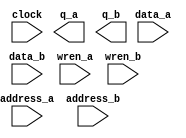
// megafunction wizard: %RAM: 2-PORT%VBB%
// GENERATION: STANDARD
// VERSION: WM1.0
// MODULE: altsyncram 

// ============================================================
// Megafunction Name(s):
// 			altsyncram
//
// Simulation Library Files(s):
// 			altera_mf
// ============================================================
// ************************************************************
// THIS IS A WIZARD-GENERATED FILE. DO NOT EDIT THIS FILE!
//
// 22.1std.2 Build 922 07/20/2023 SC Lite Edition
// ************************************************************

//Copyright (C) 2023  Intel Corporation. All rights reserved.
//Your use of Intel Corporation's design tools, logic functions 
//and other software and tools, and any partner logic 
//functions, and any output files from any of the foregoing 
//(including device programming or simulation files), and any 
//associated documentation or information are expressly subject 
//to the terms and conditions of the Intel Program License 
//Subscription Agreement, the Intel Quartus Prime License Agreement,
//the Intel FPGA IP License Agreement, or other applicable license
//agreement, including, without limitation, that your use is for
//the sole purpose of programming logic devices manufactured by
//Intel and sold by Intel or its authorized distributors.  Please
//refer to the applicable agreement for further details, at
//https://fpgasoftware.intel.com/eula.

module dram (
	address_a,
	address_b,
	clock,
	data_a,
	data_b,
	wren_a,
	wren_b,
	q_a,
	q_b);

	input	[9:0]  address_a;
	input	[9:0]  address_b;
	input	  clock;
	input	[7:0]  data_a;
	input	[7:0]  data_b;
	input	  wren_a;
	input	  wren_b;
	output	[7:0]  q_a;
	output	[7:0]  q_b;
`ifndef ALTERA_RESERVED_QIS
// synopsys translate_off
`endif
	tri1	  clock;
	tri0	  wren_a;
	tri0	  wren_b;
`ifndef ALTERA_RESERVED_QIS
// synopsys translate_on
`endif

endmodule

// ============================================================
// CNX file retrieval info
// ============================================================
// Retrieval info: PRIVATE: ADDRESSSTALL_A NUMERIC "0"
// Retrieval info: PRIVATE: ADDRESSSTALL_B NUMERIC "0"
// Retrieval info: PRIVATE: BYTEENA_ACLR_A NUMERIC "0"
// Retrieval info: PRIVATE: BYTEENA_ACLR_B NUMERIC "0"
// Retrieval info: PRIVATE: BYTE_ENABLE_A NUMERIC "0"
// Retrieval info: PRIVATE: BYTE_ENABLE_B NUMERIC "0"
// Retrieval info: PRIVATE: BYTE_SIZE NUMERIC "8"
// Retrieval info: PRIVATE: BlankMemory NUMERIC "0"
// Retrieval info: PRIVATE: CLOCK_ENABLE_INPUT_A NUMERIC "0"
// Retrieval info: PRIVATE: CLOCK_ENABLE_INPUT_B NUMERIC "0"
// Retrieval info: PRIVATE: CLOCK_ENABLE_OUTPUT_A NUMERIC "0"
// Retrieval info: PRIVATE: CLOCK_ENABLE_OUTPUT_B NUMERIC "0"
// Retrieval info: PRIVATE: CLRdata NUMERIC "0"
// Retrieval info: PRIVATE: CLRq NUMERIC "0"
// Retrieval info: PRIVATE: CLRrdaddress NUMERIC "0"
// Retrieval info: PRIVATE: CLRrren NUMERIC "0"
// Retrieval info: PRIVATE: CLRwraddress NUMERIC "0"
// Retrieval info: PRIVATE: CLRwren NUMERIC "0"
// Retrieval info: PRIVATE: Clock NUMERIC "0"
// Retrieval info: PRIVATE: Clock_A NUMERIC "0"
// Retrieval info: PRIVATE: Clock_B NUMERIC "0"
// Retrieval info: PRIVATE: IMPLEMENT_IN_LES NUMERIC "0"
// Retrieval info: PRIVATE: INDATA_ACLR_B NUMERIC "0"
// Retrieval info: PRIVATE: INDATA_REG_B NUMERIC "1"
// Retrieval info: PRIVATE: INIT_FILE_LAYOUT STRING "PORT_A"
// Retrieval info: PRIVATE: INIT_TO_SIM_X NUMERIC "0"
// Retrieval info: PRIVATE: INTENDED_DEVICE_FAMILY STRING "Cyclone V"
// Retrieval info: PRIVATE: JTAG_ENABLED NUMERIC "0"
// Retrieval info: PRIVATE: JTAG_ID STRING "NONE"
// Retrieval info: PRIVATE: MAXIMUM_DEPTH NUMERIC "0"
// Retrieval info: PRIVATE: MEMSIZE NUMERIC "8192"
// Retrieval info: PRIVATE: MEM_IN_BITS NUMERIC "0"
// Retrieval info: PRIVATE: MIFfilename STRING "./memory/dmem.mif"
// Retrieval info: PRIVATE: OPERATION_MODE NUMERIC "3"
// Retrieval info: PRIVATE: OUTDATA_ACLR_B NUMERIC "0"
// Retrieval info: PRIVATE: OUTDATA_REG_B NUMERIC "1"
// Retrieval info: PRIVATE: RAM_BLOCK_TYPE NUMERIC "0"
// Retrieval info: PRIVATE: READ_DURING_WRITE_MODE_MIXED_PORTS NUMERIC "2"
// Retrieval info: PRIVATE: READ_DURING_WRITE_MODE_PORT_A NUMERIC "3"
// Retrieval info: PRIVATE: READ_DURING_WRITE_MODE_PORT_B NUMERIC "3"
// Retrieval info: PRIVATE: REGdata NUMERIC "1"
// Retrieval info: PRIVATE: REGq NUMERIC "1"
// Retrieval info: PRIVATE: REGrdaddress NUMERIC "0"
// Retrieval info: PRIVATE: REGrren NUMERIC "0"
// Retrieval info: PRIVATE: REGwraddress NUMERIC "1"
// Retrieval info: PRIVATE: REGwren NUMERIC "1"
// Retrieval info: PRIVATE: SYNTH_WRAPPER_GEN_POSTFIX STRING "0"
// Retrieval info: PRIVATE: USE_DIFF_CLKEN NUMERIC "0"
// Retrieval info: PRIVATE: UseDPRAM NUMERIC "1"
// Retrieval info: PRIVATE: VarWidth NUMERIC "0"
// Retrieval info: PRIVATE: WIDTH_READ_A NUMERIC "8"
// Retrieval info: PRIVATE: WIDTH_READ_B NUMERIC "8"
// Retrieval info: PRIVATE: WIDTH_WRITE_A NUMERIC "8"
// Retrieval info: PRIVATE: WIDTH_WRITE_B NUMERIC "8"
// Retrieval info: PRIVATE: WRADDR_ACLR_B NUMERIC "0"
// Retrieval info: PRIVATE: WRADDR_REG_B NUMERIC "1"
// Retrieval info: PRIVATE: WRCTRL_ACLR_B NUMERIC "0"
// Retrieval info: PRIVATE: enable NUMERIC "0"
// Retrieval info: PRIVATE: rden NUMERIC "0"
// Retrieval info: LIBRARY: altera_mf altera_mf.altera_mf_components.all
// Retrieval info: CONSTANT: ADDRESS_REG_B STRING "CLOCK0"
// Retrieval info: CONSTANT: CLOCK_ENABLE_INPUT_A STRING "BYPASS"
// Retrieval info: CONSTANT: CLOCK_ENABLE_INPUT_B STRING "BYPASS"
// Retrieval info: CONSTANT: CLOCK_ENABLE_OUTPUT_A STRING "BYPASS"
// Retrieval info: CONSTANT: CLOCK_ENABLE_OUTPUT_B STRING "BYPASS"
// Retrieval info: CONSTANT: INDATA_REG_B STRING "CLOCK0"
// Retrieval info: CONSTANT: INIT_FILE STRING "./memory/dmem.mif"
// Retrieval info: CONSTANT: INTENDED_DEVICE_FAMILY STRING "Cyclone V"
// Retrieval info: CONSTANT: LPM_TYPE STRING "altsyncram"
// Retrieval info: CONSTANT: NUMWORDS_A NUMERIC "1024"
// Retrieval info: CONSTANT: NUMWORDS_B NUMERIC "1024"
// Retrieval info: CONSTANT: OPERATION_MODE STRING "BIDIR_DUAL_PORT"
// Retrieval info: CONSTANT: OUTDATA_ACLR_A STRING "NONE"
// Retrieval info: CONSTANT: OUTDATA_ACLR_B STRING "NONE"
// Retrieval info: CONSTANT: OUTDATA_REG_A STRING "CLOCK0"
// Retrieval info: CONSTANT: OUTDATA_REG_B STRING "CLOCK0"
// Retrieval info: CONSTANT: POWER_UP_UNINITIALIZED STRING "FALSE"
// Retrieval info: CONSTANT: READ_DURING_WRITE_MODE_MIXED_PORTS STRING "DONT_CARE"
// Retrieval info: CONSTANT: READ_DURING_WRITE_MODE_PORT_A STRING "NEW_DATA_NO_NBE_READ"
// Retrieval info: CONSTANT: READ_DURING_WRITE_MODE_PORT_B STRING "NEW_DATA_NO_NBE_READ"
// Retrieval info: CONSTANT: WIDTHAD_A NUMERIC "10"
// Retrieval info: CONSTANT: WIDTHAD_B NUMERIC "10"
// Retrieval info: CONSTANT: WIDTH_A NUMERIC "8"
// Retrieval info: CONSTANT: WIDTH_B NUMERIC "8"
// Retrieval info: CONSTANT: WIDTH_BYTEENA_A NUMERIC "1"
// Retrieval info: CONSTANT: WIDTH_BYTEENA_B NUMERIC "1"
// Retrieval info: CONSTANT: WRCONTROL_WRADDRESS_REG_B STRING "CLOCK0"
// Retrieval info: USED_PORT: address_a 0 0 10 0 INPUT NODEFVAL "address_a[9..0]"
// Retrieval info: USED_PORT: address_b 0 0 10 0 INPUT NODEFVAL "address_b[9..0]"
// Retrieval info: USED_PORT: clock 0 0 0 0 INPUT VCC "clock"
// Retrieval info: USED_PORT: data_a 0 0 8 0 INPUT NODEFVAL "data_a[7..0]"
// Retrieval info: USED_PORT: data_b 0 0 8 0 INPUT NODEFVAL "data_b[7..0]"
// Retrieval info: USED_PORT: q_a 0 0 8 0 OUTPUT NODEFVAL "q_a[7..0]"
// Retrieval info: USED_PORT: q_b 0 0 8 0 OUTPUT NODEFVAL "q_b[7..0]"
// Retrieval info: USED_PORT: wren_a 0 0 0 0 INPUT GND "wren_a"
// Retrieval info: USED_PORT: wren_b 0 0 0 0 INPUT GND "wren_b"
// Retrieval info: CONNECT: @address_a 0 0 10 0 address_a 0 0 10 0
// Retrieval info: CONNECT: @address_b 0 0 10 0 address_b 0 0 10 0
// Retrieval info: CONNECT: @clock0 0 0 0 0 clock 0 0 0 0
// Retrieval info: CONNECT: @data_a 0 0 8 0 data_a 0 0 8 0
// Retrieval info: CONNECT: @data_b 0 0 8 0 data_b 0 0 8 0
// Retrieval info: CONNECT: @wren_a 0 0 0 0 wren_a 0 0 0 0
// Retrieval info: CONNECT: @wren_b 0 0 0 0 wren_b 0 0 0 0
// Retrieval info: CONNECT: q_a 0 0 8 0 @q_a 0 0 8 0
// Retrieval info: CONNECT: q_b 0 0 8 0 @q_b 0 0 8 0
// Retrieval info: GEN_FILE: TYPE_NORMAL dram.v TRUE
// Retrieval info: GEN_FILE: TYPE_NORMAL dram.inc FALSE
// Retrieval info: GEN_FILE: TYPE_NORMAL dram.cmp FALSE
// Retrieval info: GEN_FILE: TYPE_NORMAL dram.bsf FALSE
// Retrieval info: GEN_FILE: TYPE_NORMAL dram_inst.v FALSE
// Retrieval info: GEN_FILE: TYPE_NORMAL dram_bb.v TRUE
// Retrieval info: LIB_FILE: altera_mf